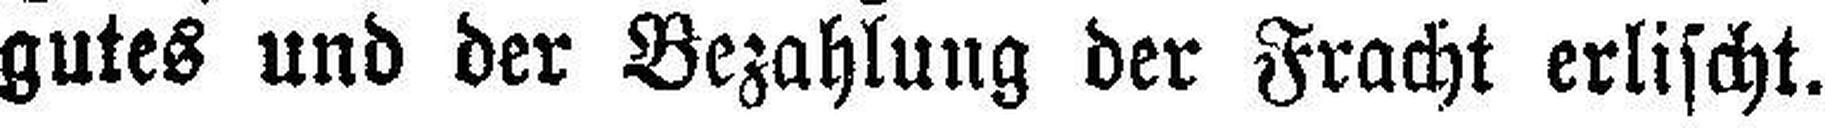
gutes und der Bezahlung der Fracht erlischt.